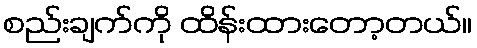
စည်းချက်ကို ထိန်းထားတော့တယ်။